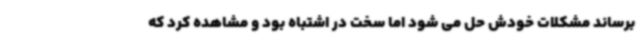
برساند مشکلات خودش حل می شود اما سخت در اشتباه بود و مشاهده کرد که